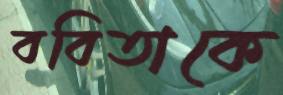
ববিতাকে